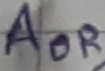
Text: AOR